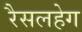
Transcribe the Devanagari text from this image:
रैसलहेग